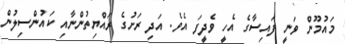
މައުމޫން ވަނީ ފައިސާގެ އެހީ ވެދީފަ އެވެ. އަދި ރަށުގެ ރައްޔިތުންނާއި ކައުންސިލުން